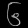
Digit: ၆